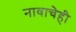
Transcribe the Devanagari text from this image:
नावाचेही